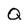
Character: Q